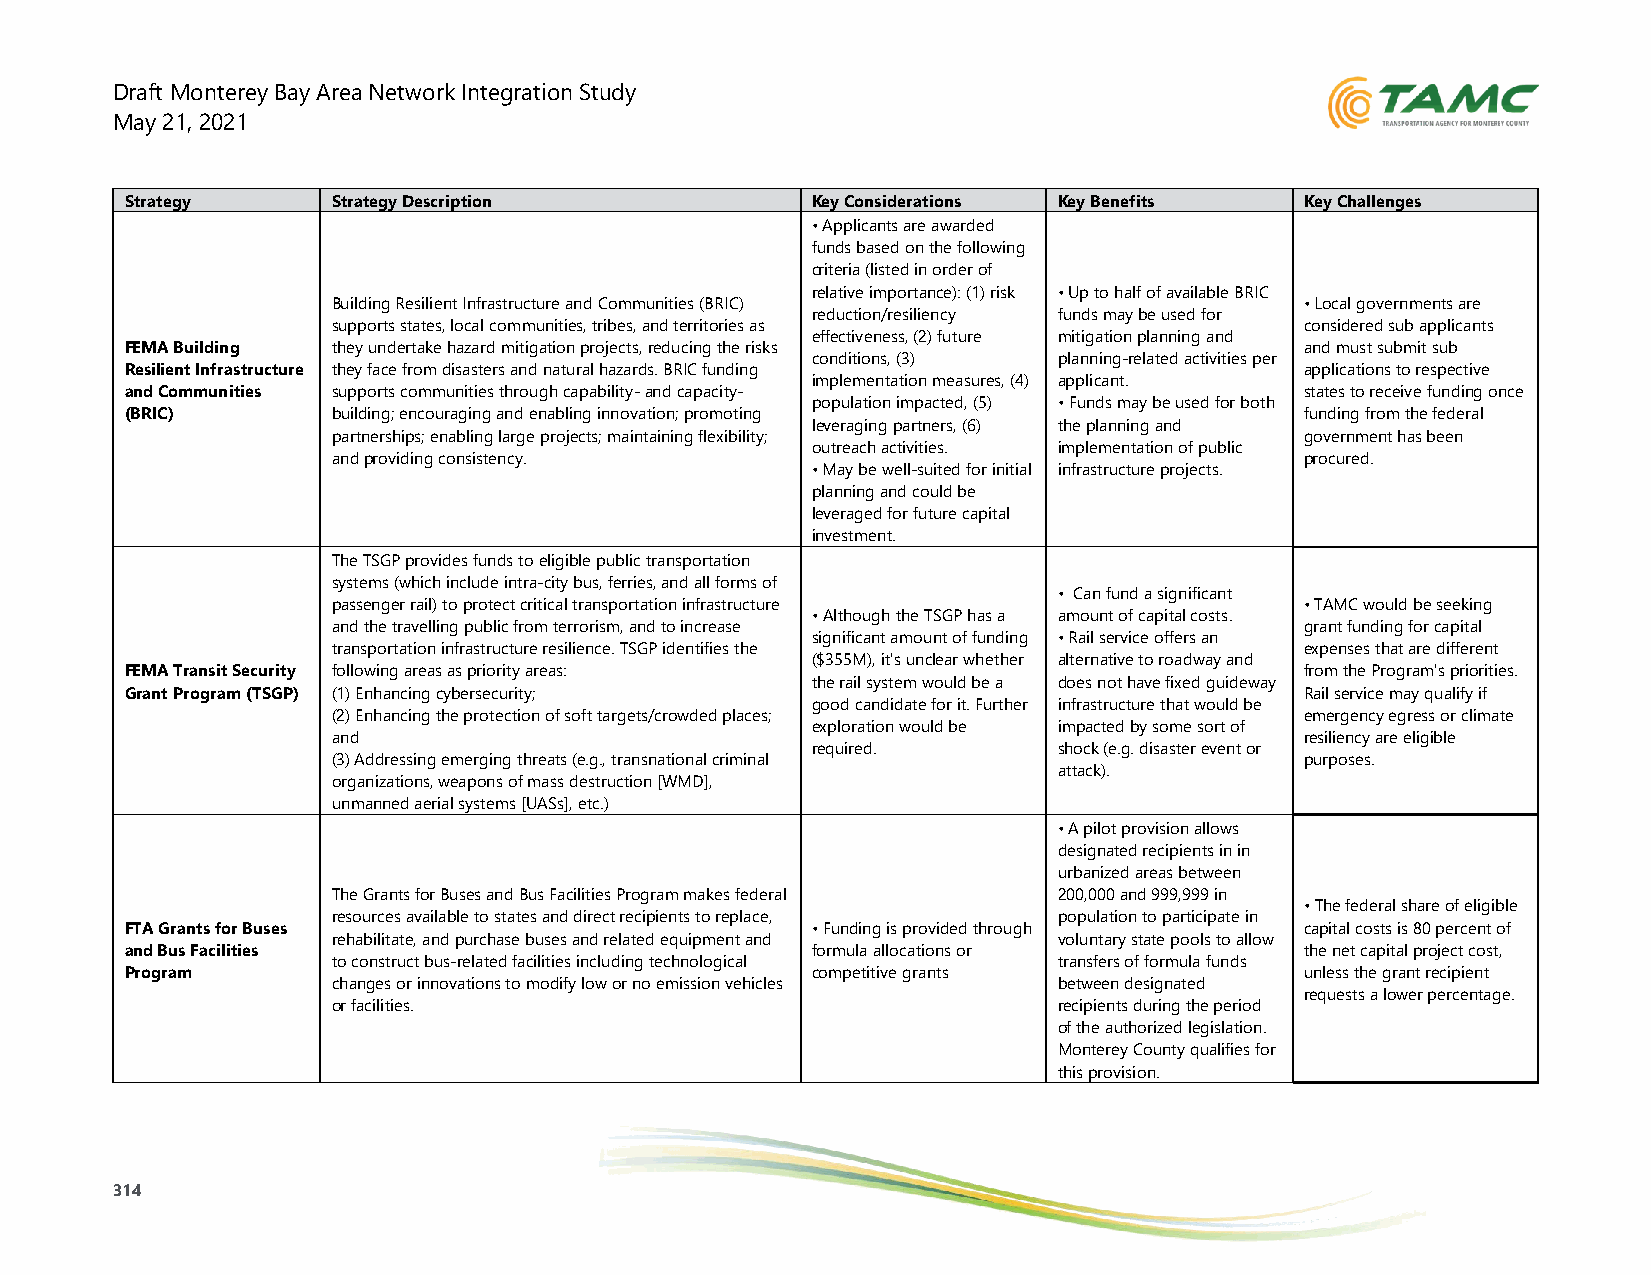
Draft Monterey Bay Area Network Integration Study
 May 21, 2021
 Strategy      Strategy Description            Key Considerations Key Benefits Key Challenges
 • Applicants are awarded
 funds based on the following
 criteria (listed in order of
 relative importance): (1) risk • Up to half of available BRIC
 Building Resilient Infrastructure and Communities (BRIC)        • Local governments are
 reduction/resiliency funds may be used for
 supports states, local communities, tribes, and territories as  considered sub applicants
 effectiveness, (2) future mitigation planning and
 FEMA Building they undertake hazard mitigation projects, reducing the risks   and must submit sub
 conditions, (3) planning-related activities per
 Resilient Infrastructure they face from disasters and natural hazards. BRIC funding applications to respective
 implementation measures, (4) applicant.
 and Communities supports communities through capability- and capacity-        states to receive funding once
 population impacted, (5) • Funds may be used for both
 (BRIC)        building; encouraging and enabling innovation; promoting        funding from the federal
 leveraging partners, (6) the planning and
 partnerships; enabling large projects; maintaining flexibility; government has been
 outreach activities. implementation of public
 and providing consistency.                                      procured.
 • May be well-suited for initial infrastructure projects.
 planning and could be
 leveraged for future capital
 investment.
 The TSGP provides funds to eligible public transportation
 systems (which include intra-city bus, ferries, and all forms of
 • Can fund a significant
 passenger rail) to protect critical transportation infrastructure • TAMC would be seeking
 • Although the TSGP has a amount of capital costs.
 and the travelling public from terrorism, and to increase       grant funding for capital
 significant amount of funding • Rail service offers an
 transportation infrastructure resilience. TSGP identifies the   expenses that are different
 ($355M), it's unclear whether alternative to roadway and
 FEMA Transit Security following areas as priority areas:                      from the Program's priorities.
 the rail system would be a does not have fixed guideway
 Grant Program (TSGP) (1) Enhancing cybersecurity;                             Rail service may qualify if
 good candidate for it. Further infrastructure that would be
 (2) Enhancing the protection of soft targets/crowded places;    emergency egress or climate
 exploration would be impacted by some sort of
 and                                                             resiliency are eligible
 required.       shock (e.g. disaster event or
 (3) Addressing emerging threats (e.g., transnational criminal   purposes.
 attack).
 organizations, weapons of mass destruction [WMD],
 unmanned aerial systems [UASs], etc.)
 • A pilot provision allows
 designated recipients in in
 urbanized areas between
 The Grants for Buses and Bus Facilities Program makes federal 200,000 and 999,999 in
 • The federal share of eligible
 resources available to states and direct recipients to replace, population to participate in
 FTA Grants for Buses                          • Funding is provided through   capital costs is 80 percent of
 rehabilitate, and purchase buses and related equipment and voluntary state pools to allow
 and Bus Facilities                            formula allocations or          the net capital project cost,
 to construct bus-related facilities including technological transfers of formula funds
 Program                                       competitive grants              unless the grant recipient
 changes or innovations to modify low or no emission vehicles between designated
 requests a lower percentage.
 or facilities.                                  recipients during the period
 of the authorized legislation.
 Monterey County qualifies for
 this provision.
 314